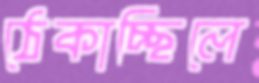
ঠেকাচ্ছিলে